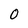
Character: 0